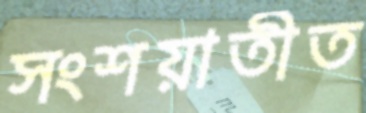
সংশয়াতীত